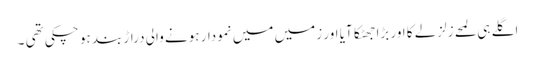
اگلے ہی لمحے زلزلے کا اور بڑا جھٹکا آیا اور زمیں میں نمودار ہونے والی دراڑ بند ہو چکی تھی ۔